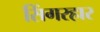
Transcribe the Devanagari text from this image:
सिंगरहार